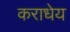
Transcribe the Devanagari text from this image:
कराधेय